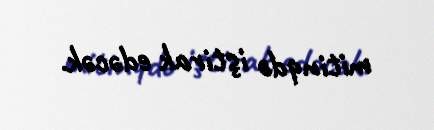
mitinqdə iştirak edəcək.